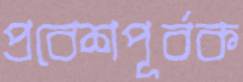
প্রবেশপূর্বক